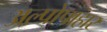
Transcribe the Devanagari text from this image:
अल्पोपाहार